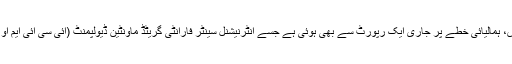
اس کی تصدیق ہندوکش، ہمالیائی خطے پر جاری ایک رپورٹ سے بھی ہوئی ہے جسے انٹرنیشنل سینٹر فارانٹی گریٹڈ ماؤنٹین ڈیولپمنٹ (آئی سی آئی ایم او ڈی) نے شائع کیا ہے۔